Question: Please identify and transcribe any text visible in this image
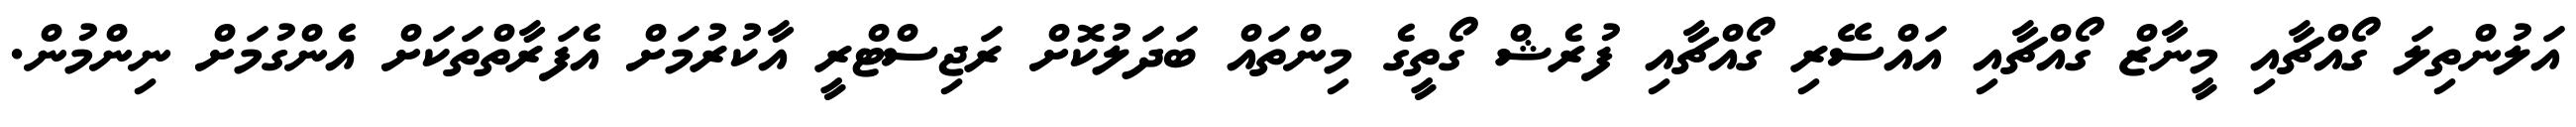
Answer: އަލުންތިލަ ގޯއްޗާއި މީނާޒް ގޯއްޗާއި އައްސޭރި ގޯއްޗާއި ފުރެޝް ގޯތީގެ މިންތައް ބަދަލުކޮށް ރަޖިސްޓްރީ އާކުރުމަށް އެފަރާތްތަކަށް އެންގުމަށް ނިންމުން.